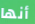
أنها